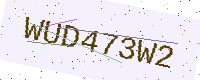
Text: WUD473W2